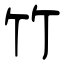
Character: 竹